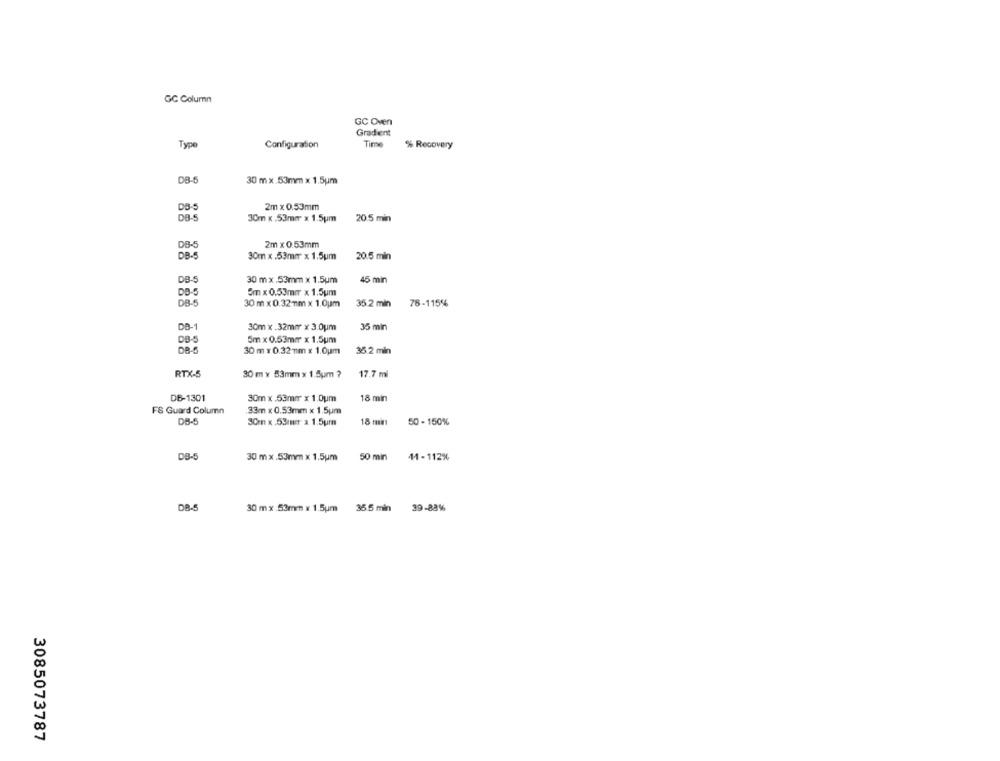
GC Column
GC Oven
Gradient
Type
Configuration
Time
% Recovery
DB-
30 m x.53mm x 1.5um
2m x 0.53mm
DB-5
30m x .53mm x 1.5um
20.5 min
DB-5
2m x 0.53mm
DB-5
30m x .53mm x 1.5um
20.5 min
DB-5
30 m x.53mm x 1.5um
45 min
DB-5
Sm x 0.53mm x 1.5um
DB-5
30 m x 0.32mm x 1.0um
35.2 min
76-115%
DO-1
30m x .32mm x 3.0um
35 min
DB-5
5m x 0.53mm x 1.5um
DB-5
30 m x 0.32 mm x 1.0um
35.2 min
RTX-5
30 m x 53mm x 1.5um ?
17.7 ml
DB-1301
30m x 53mm x 1.0um
18 min
FS Guard Column
33m x 0.53mm x 1.5um
DB-5
30mm x .53mm x 1.5um
18 mm
50 - 150%
DB-5
30 m x.53mm x 1.5um
50 min
41 - 112%
DB-5
30 m x 53mm x 1.5um
35.5 min
39-88%
3085073787